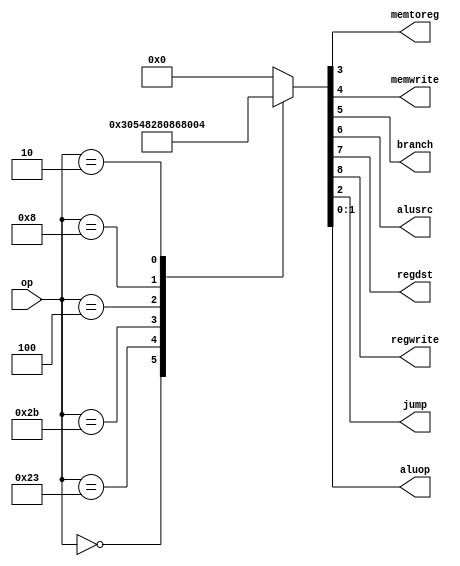
`timescale 1ns / 1ps



module maindec(
	input wire[5:0] op,

	output wire memtoreg,memwrite,
	output wire branch,alusrc,
	output wire regdst,regwrite,
	output wire jump,
	output wire[1:0] aluop
    );
	reg[8:0] controls;
	assign {regwrite,regdst,alusrc,branch,memwrite,memtoreg,jump,aluop} = controls;
	always @(*) begin
		case (op)
			6'b000000:controls <= 9'b110000010;//R-TYRE
			6'b100011:controls <= 9'b101001000;//LW
			6'b101011:controls <= 9'b001010000;//SW
			6'b000100:controls <= 9'b000100001;//BEQ
			6'b001000:controls <= 9'b101000000;//ADDI
			6'b000010:controls <= 9'b000000100;//J
			default:  controls <= 9'b000000000;//illegal op
		endcase
	end
endmodule